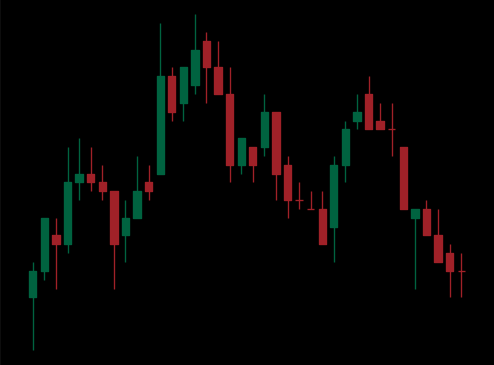
Pattern: head_shoulders